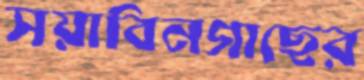
সয়াবিনগাছের